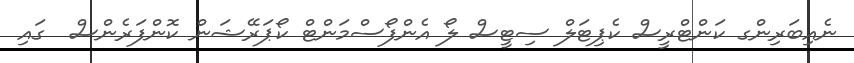
ނެއިބަރިންގ ކަންޓްރީސް ކެޕިޓަލް ސިޓީސް ލޯ އެންފޯސްމަންޓް ކޯޕަރޭޝަން ކޮންފަރެންސް  ގައި